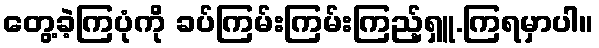
တွေ့ခဲ့ကြပုံကို ခပ်ကြမ်းကြမ်းကြည့်ရှူ.ကြရမှာပါ။